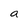
Character: a